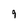
Character: 9